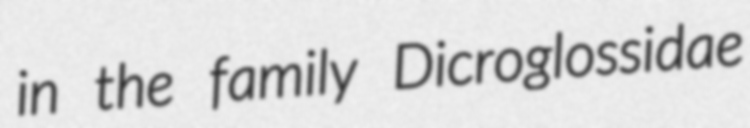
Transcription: in the family Dicroglossidae